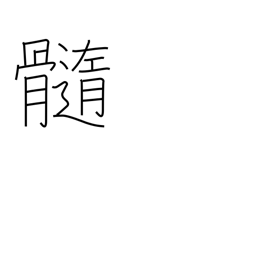
Meaning: marrow